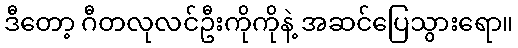
ဒီတော့ ဂီတလုလင်ဦးကိုကိုနဲ့ အဆင်ပြေသွားရော။